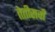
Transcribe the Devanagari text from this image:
तेतीसवाँ